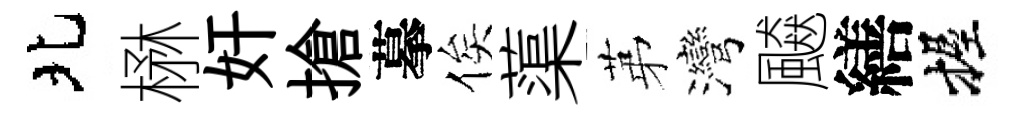
北楙奸搶摹俟蕖苐灣飇繕握